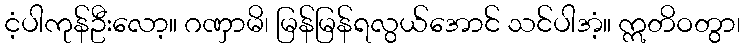
ငံ့ပါကုန်ဦးလော့။ ဂဏှာမိ၊ မြန်မြန်ရလွယ်အောင် သင်ပါအံ့။ ဣတိဝတွာ၊